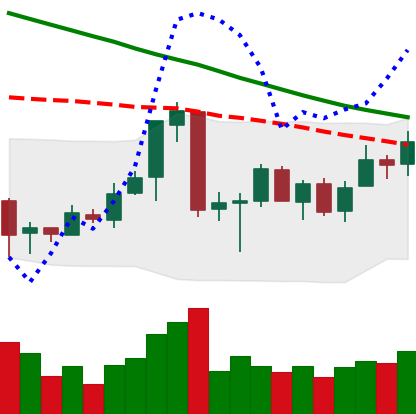
Ticker: ETC-USD
Chart end date: 2018-07-02
Forward return: 14.418%
Label: up_7plus